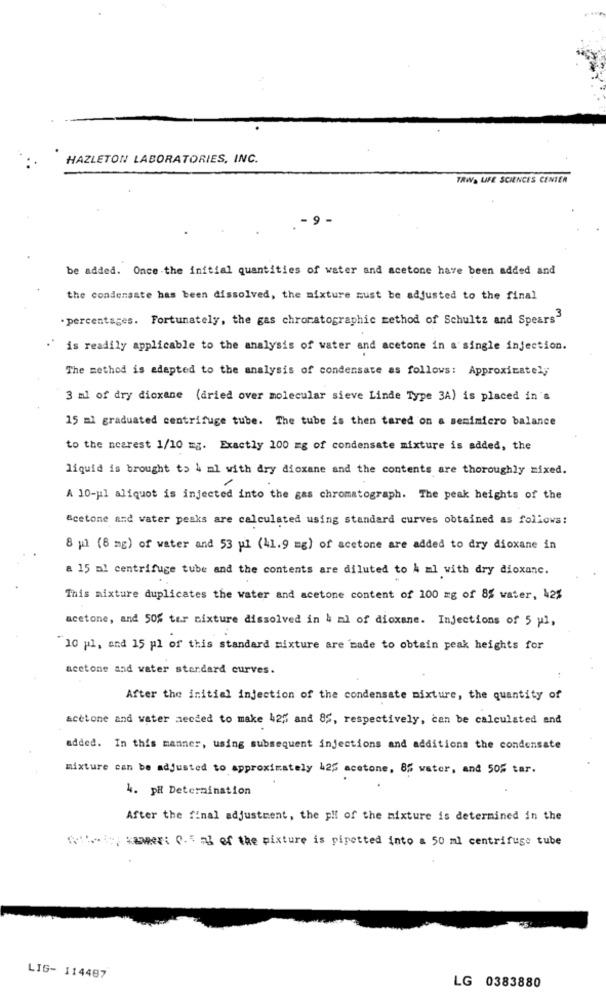
HAZLETON LABORATORIES, INC.
TRWA LIFE SCIENCES CENTER
- 9 -
be added. Once the initial quantities of water and acetone have been added and
the condensate has been dissolved, the mixture must be adjusted to the final
.percentages. Fortunately, the gas chromatographic method of Schultz and Spears3
.' is readily applicable to the analysis of water and acetone in a single injection.
The method is adapted to the analysis of condensate as follows: Approximately
3 ml of dry dicxane (aried over molecular sieve Linde Type 3A) is placed in 's
15 ml graduated centrifuge tube. The tube is then tared on a semimicro balance
to the nearest 1/10 mg. Exactly 100 mg of condensate mixture is added, the
liquid is brought to h ml with dry dioxane and the contents are thoroughly mixed.
A 10-pl aliquot is injected into the gas chromatograph. The peak heights of the
Scetone and water peaks are calculated using standard curves obtained as follows:
8 pl (8 mg) of water and 53 pl (41.9 mg) of acetone are added to dry dioxane in
a 15 ml centrifuge tube and the contents are diluted to A ml with dry dioxanc.
This mixture duplicates the water and acetone content of 100 mg of 8% water, 42%
acetone, and 50% tur mixture dissolved in & ml of dioxane. Injections of 5 pi,
"10 pl, and 15 pl of this standard mixture are made to obtain peak heights for
acetone and water standard curves.
After the initial injection of the condensate mixture, the quantity of
acetone and water sected to make 425 and 85, respectively, can be calculated and
added. In this manner, using subsequent injections and additions the condensate
mixture can be adjusted to approximately 425 acetone, 85 water, and 50% tar.
4. pH Determination
After the final adjustment, the pli of the mixture is determined in the
; ameri 0-5 m of the mixture is pipetted into a 50 ml centrifuge tube
LIG- 114487
LG 0383880